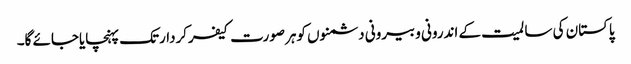
پاکستان کی سا لمیت کے اندرونی وبیرونی دشمنوں کوہرصورت کیفرکردارتک پہنچایاجائے گا۔